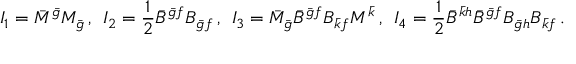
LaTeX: I _ { 1 } = \bar { M } ^ { \bar { g } } M _ { \bar { g } } \, , \; \, I _ { 2 } = \frac 1 2 \bar { B } ^ { \bar { g } f } B _ { \bar { g } f } \, , \; \, I _ { 3 } = \bar { M } _ { \bar { g } } \bar { B } ^ { \bar { g } f } B _ { \bar { k } f } M ^ { \bar { k } } \, , \; \, I _ { 4 } = \frac 1 2 \bar { B } ^ { \bar { k } h } \bar { B } ^ { \bar { g } f } B _ { \bar { g } h } B _ { \bar { k } f } \, .